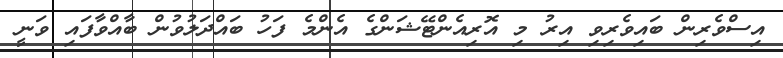
އިސްވެރިން ބައިވެރިވި އިރު މި އޮރިއެންޓޭޝަންގެ އެންމެ ފަހު ބައްދަލުވުން ބާއްވާފައި ވަނީ